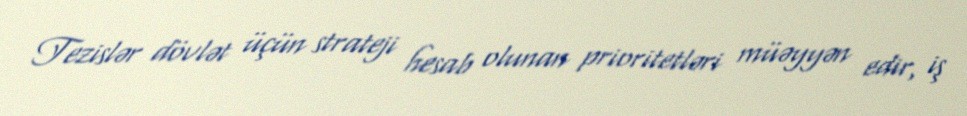
Tezislər dövlət üçün strateji hesab olunan prioritetləri müəyyən edir, iş